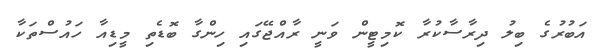
އަބުރުގެ ބިލު ދިރާސާކުރާ ކޮމިޓީން ވަނީ ރާއްޖޭގައި ހިންގާ ބޮޑެތި މީޑިއާ ހައުސްތަކާ